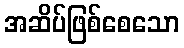
အဆိပ်ဖြစ်စေသော